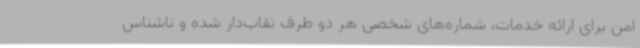
امن برای ارائه خدمات، شماره‌های شخصی هر دو طرف نقاب‌دار شده و ناشناس